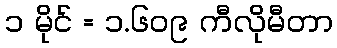
၁ မိုင် = ၁.၆၀၉ ကီလိုမီတာ